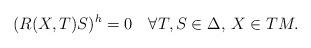
LaTeX: \begin{align*} (R(X,T)S)^h=0\quad\forall T,S\in\Delta,\, X\in TM. \end{align*}